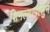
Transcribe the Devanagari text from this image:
शिमल्यापासुन